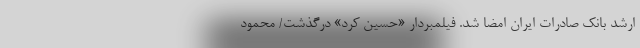
ارشد بانک صادرات ایران امضا شد. فیلمبردار «حسین کرد» درگذشت/ محمود